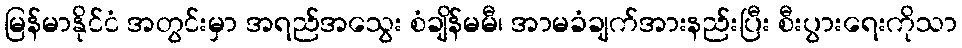
မြန်မာနိုင်ငံ အတွင်းမှာ အရည်အသွေး စံချိန်မမီ၊ အာမခံချက်အားနည်းပြီး စီးပွားရေးကိုသာ